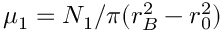
\mu _ { 1 } = N _ { 1 } / \pi ( r _ { B } ^ { 2 } - r _ { 0 } ^ { 2 } )